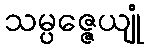
သမ္ပဇ္ဇေယျုံ